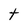
Character: t